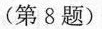
(第8题)